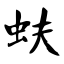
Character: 蚨